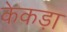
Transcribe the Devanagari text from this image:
केकडा़